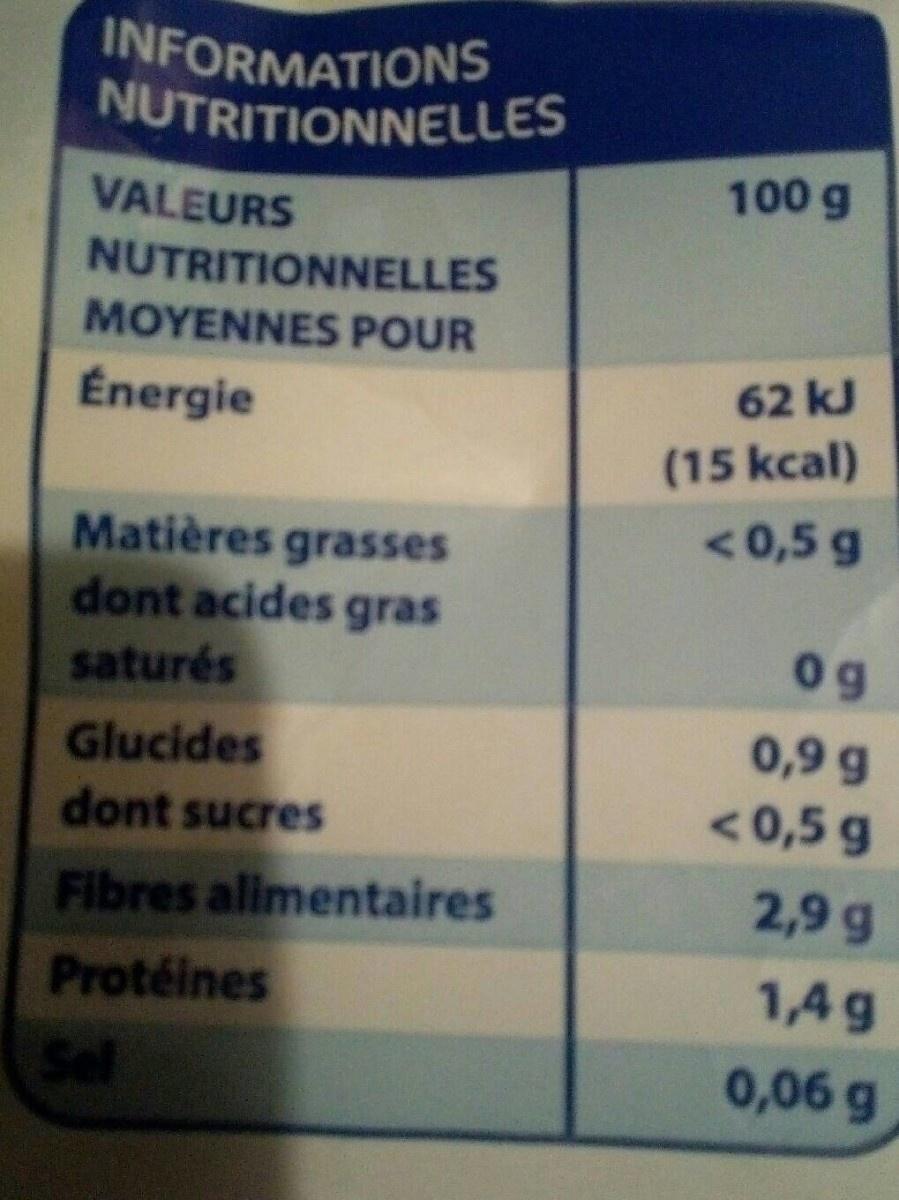
INFORMATIONS NUTRITIONNELLES
100 g
VALEURS
NUTRITIONNELLES
MOYENNES POUR
Énergie
62 kJ
(15 kcal)
<0,5 g
Matières grasses dont acides gras
0g
saturés
0,9 g
Glucides dont sucres
<0,5 g
Fibres alimentaires Protéines Sel
2,9 g
1,4 g
0,06 g